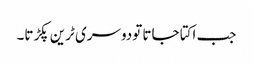
جب اکتا جاتا تودوسری ٹرین پکڑتا۔